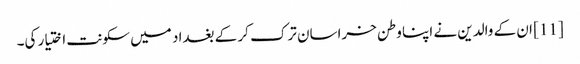
[11] ان کے والدین نے اپنا وطن خراسان ترک کر کے بغداد میں سکونت اختیار کی۔